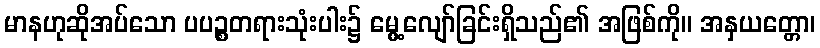
မာနဟုဆိုအပ်သော ပပဉ္စတရားသုံးပါး၌ မွေ့လျော်ခြင်းရှိသည်၏ အဖြစ်ကို။ အနှယတ္တော၊